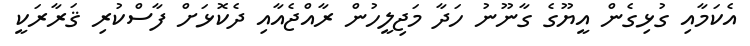
އެކަމާއި ގުޅިގެން އީޔޫގެ ގާނޫނު ހަދާ މަޖިލީހުން ރާއްޖެއާއި ދެކޮޅަށް ފާސްކުރި ޤަރާރަކީ